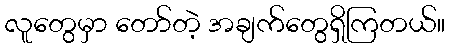
လူတွေမှာ တော်တဲ့ အချက်တွေရှိကြတယ်။